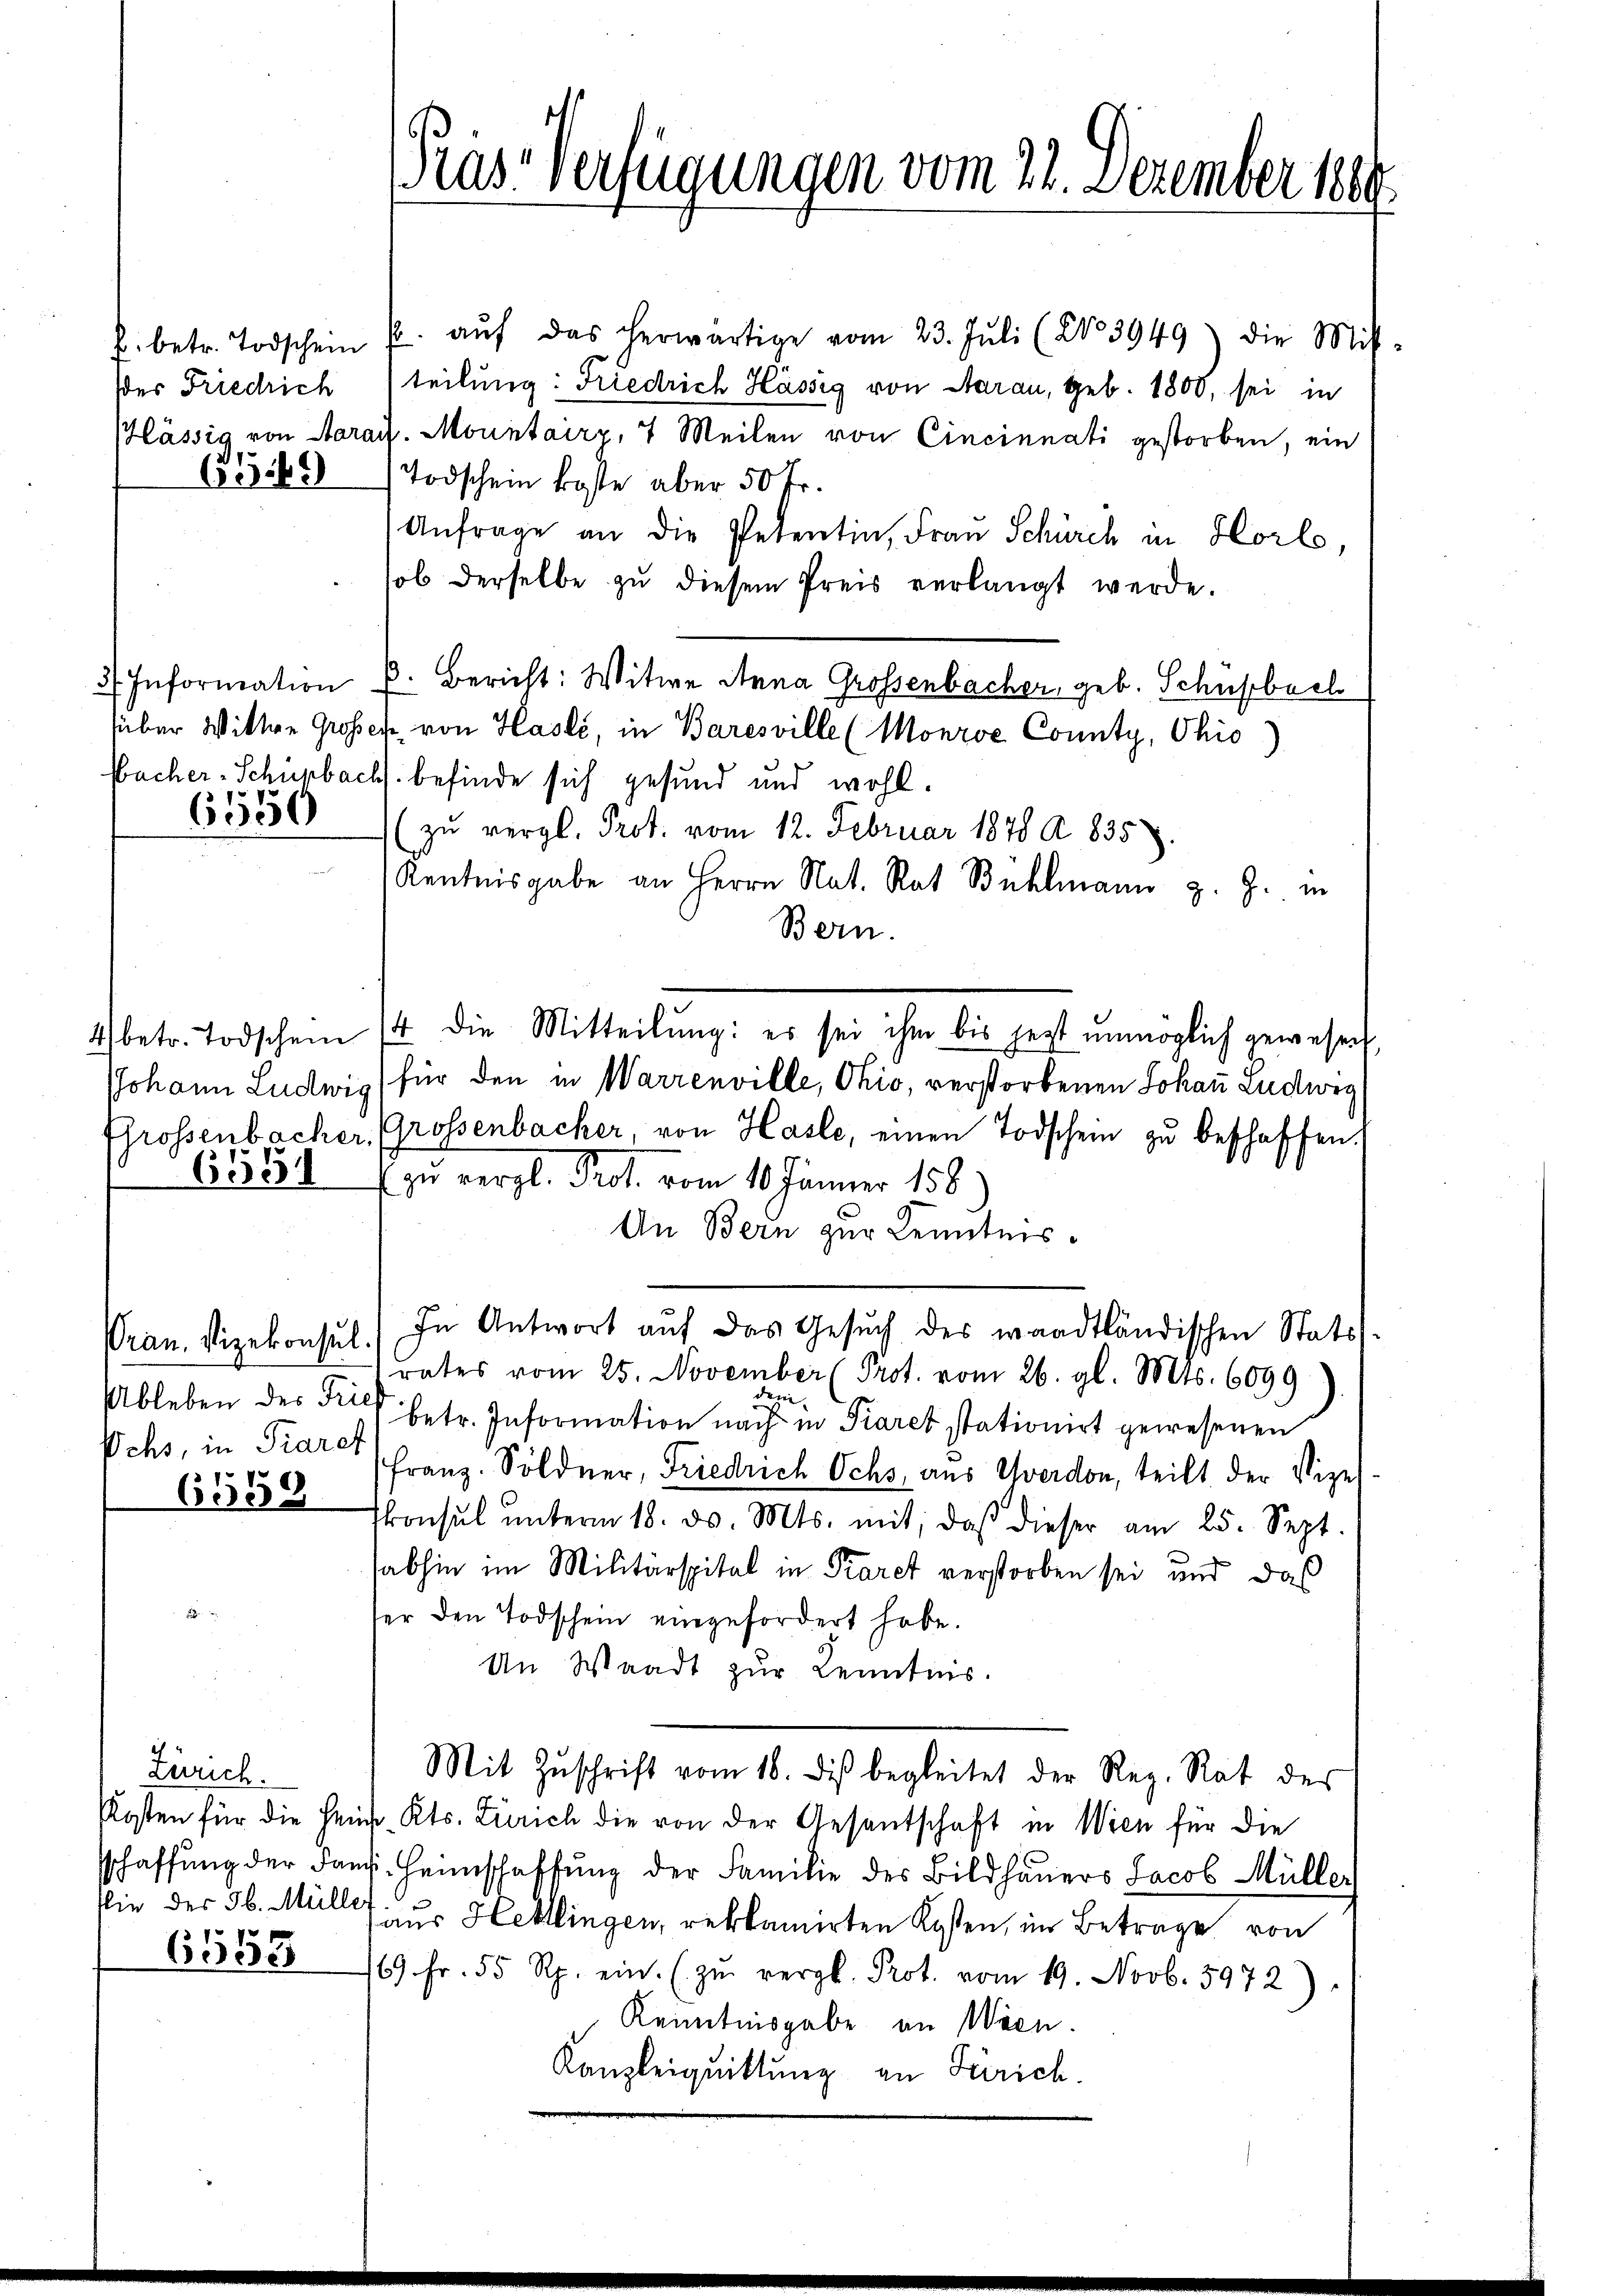
6550

6551

ran. Vizekonsul
Ochs, in Parch

Zürich.

6533

Prs-Verfügungen vom 22. Dezember 1889

f. betr. Todschein u. aŭf das herwärtige vom 23. Jŭli (2103949) die Mit
der Friedrich (teilung: Friedrich Hässig von Aarau, geb. 1800, sei in
Mässig von Aarauf. Mountairz, 7 Meilen von Cincinnati gestorben, ein
6556. Todschein koste aber 50 Fr.
Anfrage an die Petentin, Frau Schürch in Horlo,
ob derselbe zŭ diesem Preis verlangt werde.
3 Information u. Bericht: Witwe Anna Grossenbacher, geb. Schussbach
süber Wittwe Grossen von Hasli, in Baresville (Monroe County, Ohio
Bacher-Schürbach befinde sich gesund und wohl.
zŭ vergl. Prot. vom 12. Februar 1878 A 835.
Kentnisgabe an Herrn Nat. Rat Bühlmann z. Z. i
Bern.
4 betr. Todschein 14 die Mitteilŭng: es sei ihm bis jetzt unmöglich gewesen,
JJohann Ludwig für den in Warrenville, Ohio, verstorbenen Johann Ludwig
Grossenbacher, Grossenbacher, von Hasle, einen Todschein zu beschaffen.
 zu vergl. Prof. vom 10. Jänner 158
An Bern zur Kenntnis.
In Antwort aŭf das Gesŭch der waadtländischen Stats-
rates vom 25. November (Prot. vom 26. gl. Mts. 6099
Fe
Ableben des betr. Information nach in Piares stationirt gewesenen
Franz. Söldner, Friedrich Ochs, aus Yverdon, teilt der Vizel¬
6335 konsul ŭnterm 18. d. Mts. mit, daβ dieser am 25. Sept.
abhin im Militärspital in Paret verstorben sei und daß
ser den Todschein eingefordert habe.
An Waadt zur Kenntnis.
Mit Zŭschrift vom 18. diβ begleitet der Reg. Rat des
Kosten für die Heim, Kts. Zürich die von der Gesantschaft in Wien für die
schaffŭng der Fans. Heimschaffŭng der Familie des Bildhaŭers Jacob Müller
Elie der 36. Müller zur Hettlingen, reklamirten Kosten, im Betrage von
769 Fr. 55 Rp. ein. (zŭ vergl. Prot. vom 19. Novb. 5972).
Kenntnisgabe an Wien.
Kanzleiquittung an Gerich.